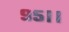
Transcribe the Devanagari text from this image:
९५।।